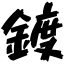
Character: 鍍